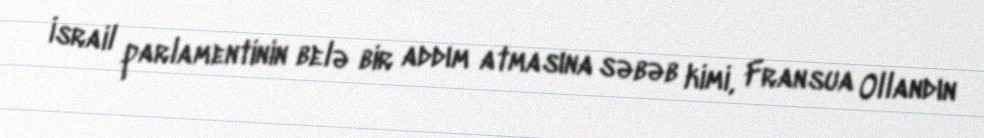
İsrail parlamentinin belə bir addım atmasına səbəb kimi, Fransua Ollandın